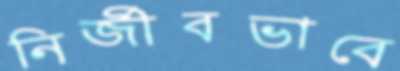
নির্জীবভাবে